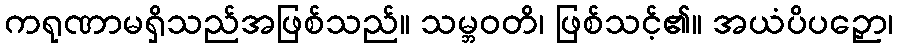
ကရုဏာမရှိသည်အဖြစ်သည်။ သမ္ဘဝတိ၊ ဖြစ်သင့်၏။ အယံပိပဉှော၊